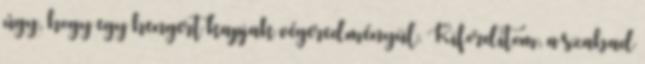
úgy, hogy egy hengert kapjak végeredményül. Kifordítom, a szabad